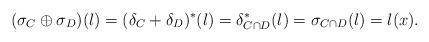
LaTeX: \begin{align*} (\sigma_C \oplus \sigma_D)(l) = (\delta_C+\delta_D)^*(l) = \delta_{C\cap D}^*(l) = \sigma_{C\cap D}(l) = l(x). \end{align*}